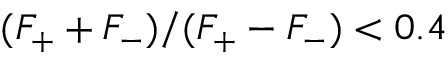
( F _ { + } + F _ { - } ) / ( F _ { + } - F _ { - } ) < 0 . 4